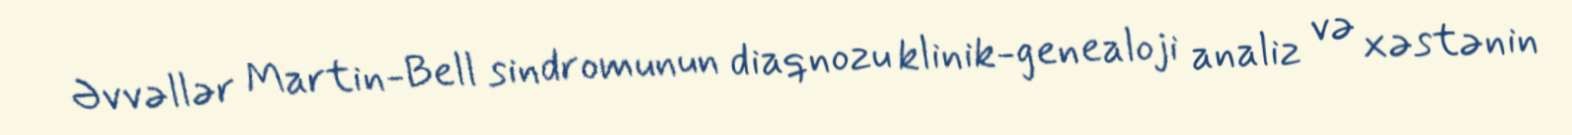
Əvvəllər Martin-Bell sindromunun diaqnozu klinik-genealoji analiz və xəstənin